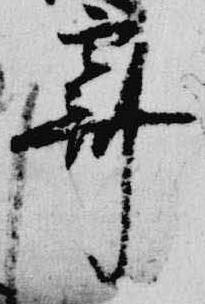
霽